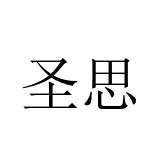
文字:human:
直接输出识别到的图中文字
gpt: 圣思